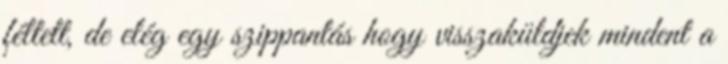
féltett, de elég egy szippantás hogy visszaküldjek mindent a